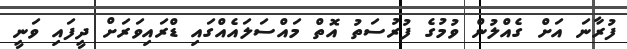
ފުރާނަ އަށް ގެއްލުން ވުމުގެ ފުރުސަތު އޮތް މައްސަލައެއްގައި ޑްރައިވަރަށް ދީފައި ވަނީ